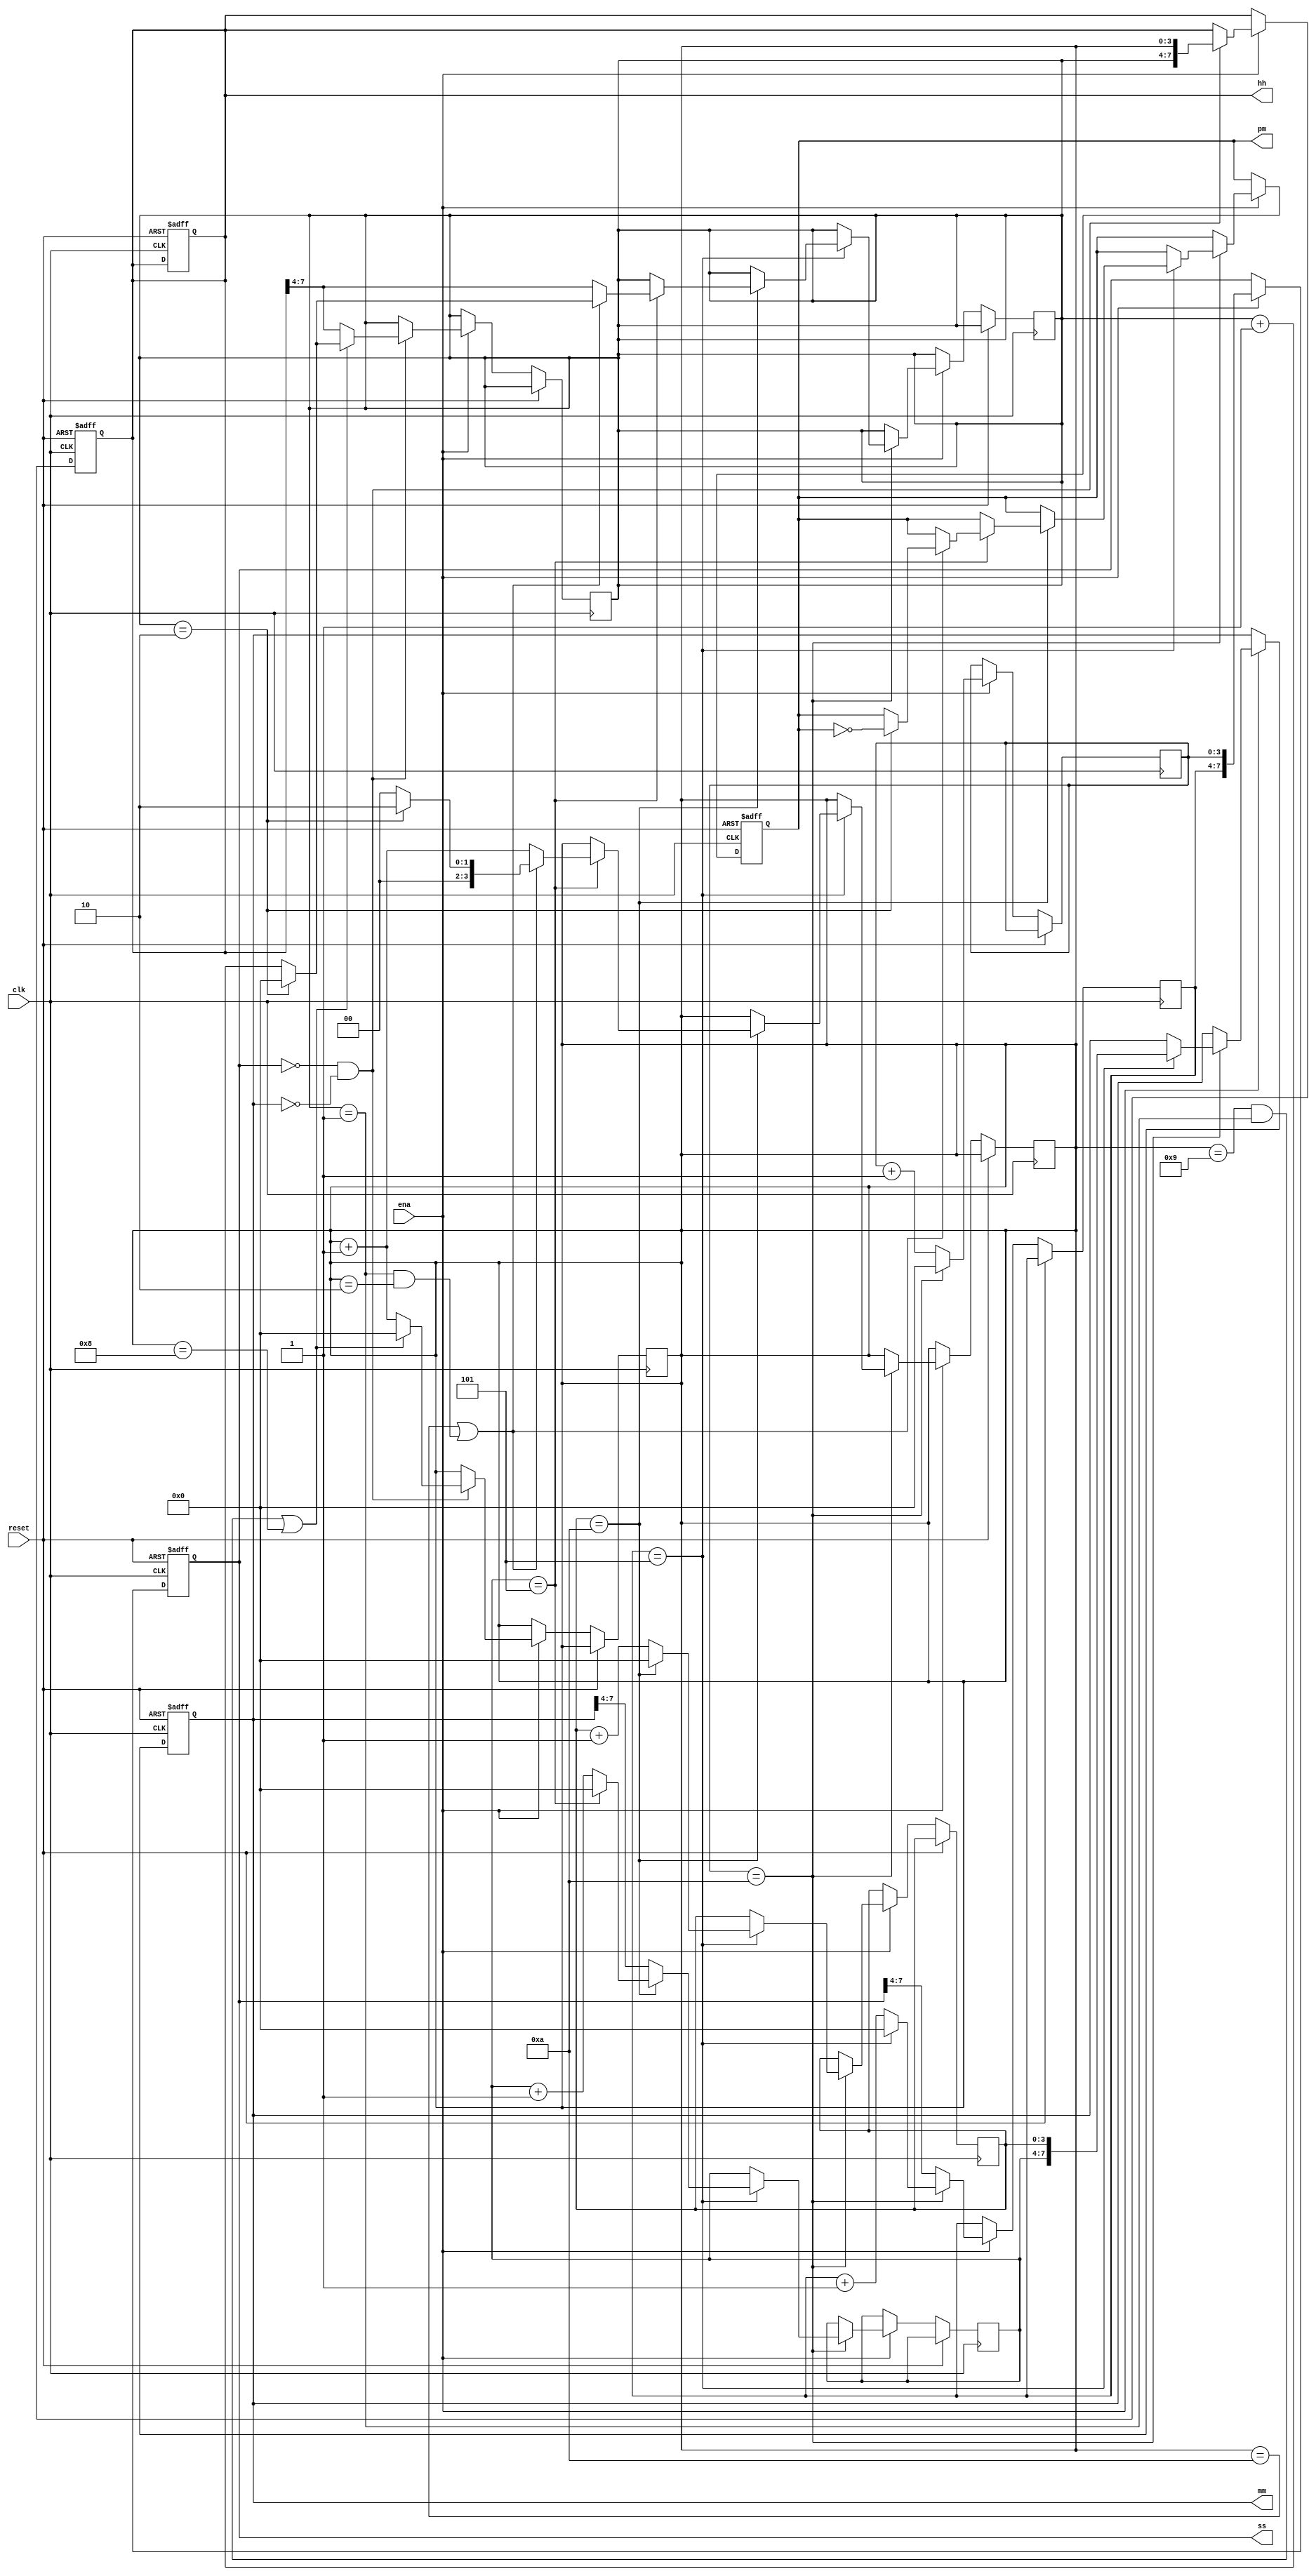
module top_module(
    input clk,
    input reset,
    input ena,
    output reg pm,
    output reg [7:0] hh,
    output reg [7:0] mm,
    output reg [7:0] ss
);

reg [3:0] ones_seconds, tens_seconds;
reg [3:0] ones_minutes, tens_minutes;
reg [3:0] ones_hours, tens_hours;

// Reset has higher priority than enable
always @(posedge clk or posedge reset) begin
    if (reset) begin
        // Reset the clock to 12:00:00 AM
        ss <= 8'b0000_0000; // 00 seconds
        mm <= 8'b0000_0000; // 00 minutes
        hh <= 8'b0001_0010; // 12 hours (BCD for 12)
        pm <= 0;            // AM
    end else if (ena) begin
        // Increment seconds
        ones_seconds <= ss[3:0];
        tens_seconds <= ss[7:4];
        
        ones_seconds <= ones_seconds + 1;
        if (ones_seconds == 4'b1010) begin
            ones_seconds <= 4'b0000;
            tens_seconds <= tens_seconds + 1;
            if (tens_seconds == 4'b0101) begin
                // Increment minutes when seconds roll over to 00
                tens_seconds <= 4'b0000;

                ones_minutes <= mm[3:0];
                tens_minutes <= mm[7:4];

                ones_minutes <= ones_minutes + 1;
                if (ones_minutes == 4'b1010) begin
                    ones_minutes <= 4'b0000;
                    tens_minutes <= tens_minutes + 1;
                    if (tens_minutes == 4'b0101) begin
                        // Increment hours when minutes roll over to 00
                        tens_minutes <= 4'b0000;

                        ones_hours <= hh[3:0];
                        tens_hours <= hh[7:4];

                        ones_hours <= ones_hours + 1;
                        if (ones_hours == 4'b1010 || (tens_hours == 4'b0001 && ones_hours == 4'b0010)) begin
                            ones_hours <= 4'b0000;
                            tens_hours <= tens_hours + 1;
                            if (tens_hours == 4'b0010) begin
                                // Handle the transition from 12 to 01
                                tens_hours <= 4'b0000;
                                ones_hours <= 4'b0010; // 12 -> 01
                                pm <= ~pm; // Toggle AM/PM
                            end
                        end
                    end
                end
                mm <= {tens_minutes, ones_minutes};
            end
        end
        ss <= {tens_seconds, ones_seconds};
    end
end

// Ensure hours are updated correctly
always @(posedge clk or posedge reset) begin
    if (reset) begin
        hh <= 8'b0001_0010; // BCD for 12
    end else if (ena) begin
        // Update hour digits separately to handle BCD transitions correctly
        if (ss == 8'b0000_0000 && mm == 8'b0000_0000) begin
            ones_hours <= hh[3:0];
            tens_hours <= hh[7:4];
            
            ones_hours <= ones_hours + 1;
            if ((ones_hours == 4'b1001 && tens_hours == 4'b0001) || (ones_hours == 4'b1000)) begin
                ones_hours <= 4'b0000;
                tens_hours <= tens_hours + 1;
                if (tens_hours == 4'b0010) begin
                    tens_hours <= 0;
                end
            end
            hh <= {tens_hours, ones_hours};
        end
    end
end

endmodule